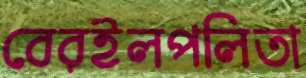
বেরইলপলিতা